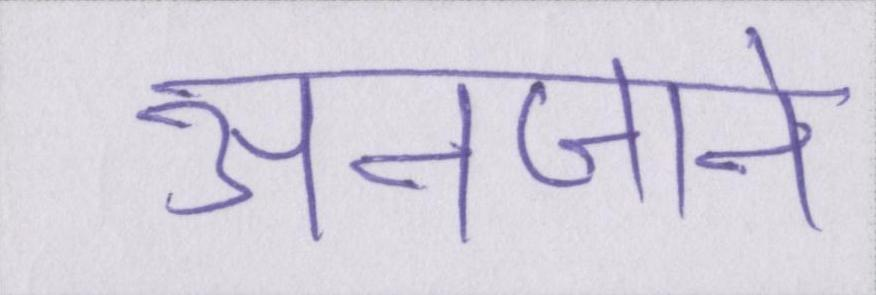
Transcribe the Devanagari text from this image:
अनजाने